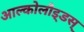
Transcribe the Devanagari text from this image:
आल्कोलौइ्डस्